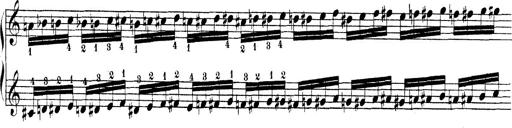
Title: Technische Studien
Composer: Franz Liszt